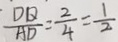
\frac { D Q } { A D } = \frac { 2 } { 4 } = \frac { 1 } { 2 }